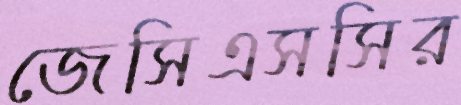
জেসিএসসির